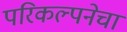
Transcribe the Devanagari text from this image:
परिकल्पनेचा